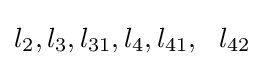
l_{2},l_{3},l_{31},l_{4},l_{41},\ \ l_{42}